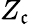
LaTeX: Z_{\mathfrak{c}}